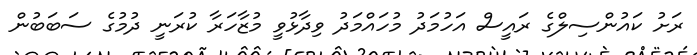
ރަށު ކައުންސިލްގެ ރައީސް އަހުމަދު މުހައްމަދު ވިދާޅުވީ މުޒާހަރާ ކުރަނީ ދުމުގެ ސަބަބުން